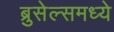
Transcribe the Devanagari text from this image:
ब्रुसेल्समध्ये